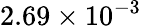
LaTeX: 2.69\times 10^{-3}